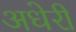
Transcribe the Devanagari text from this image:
अधेरी